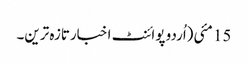
15 مئی(اُردو پوائنٹ اخبارتازہ ترین۔